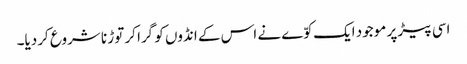
اسی پیڑ پر موجود ایک کوّے نے اس کے انڈوں کو گرا کر توڑ نا شروع کردیا۔